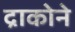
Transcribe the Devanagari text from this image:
द्राकोने